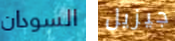
السودان جيزيل